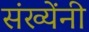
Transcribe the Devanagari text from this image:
संख्येंनी